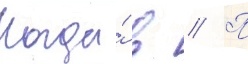
Когда́ в // П